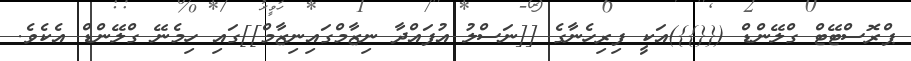
ޕްރޮސްޓޭޓް ގްލޭންޑް ({{}})އަކީ ފިރިހެނާގެ [[ނަސްލު އުފައްދާ ނިޒާމްގައިނިޒާމް]]ގައި ހިމެނޭ ގްލޭންޑް އެކެވެ.